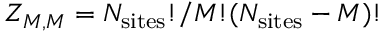
Z _ { M , M } = N _ { \mathrm { s i t e s } } ! / M ! ( N _ { \mathrm { s i t e s } } - M ) !